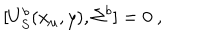
[ U _ { S } ^ { b } ( x _ { \mu } , y ) , \Sigma ^ { b } ] = 0 ~ ,